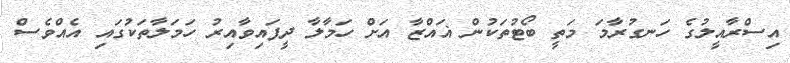
އިސްރާއީލުގެ ހަނގުރާމަ މަތީ ބޯޓުތަކުން ޣައްޒާ އަށް ހަމާލާ ދީފައިވާއިރު ހަމަލާތަކުގައި އެއްވެސް